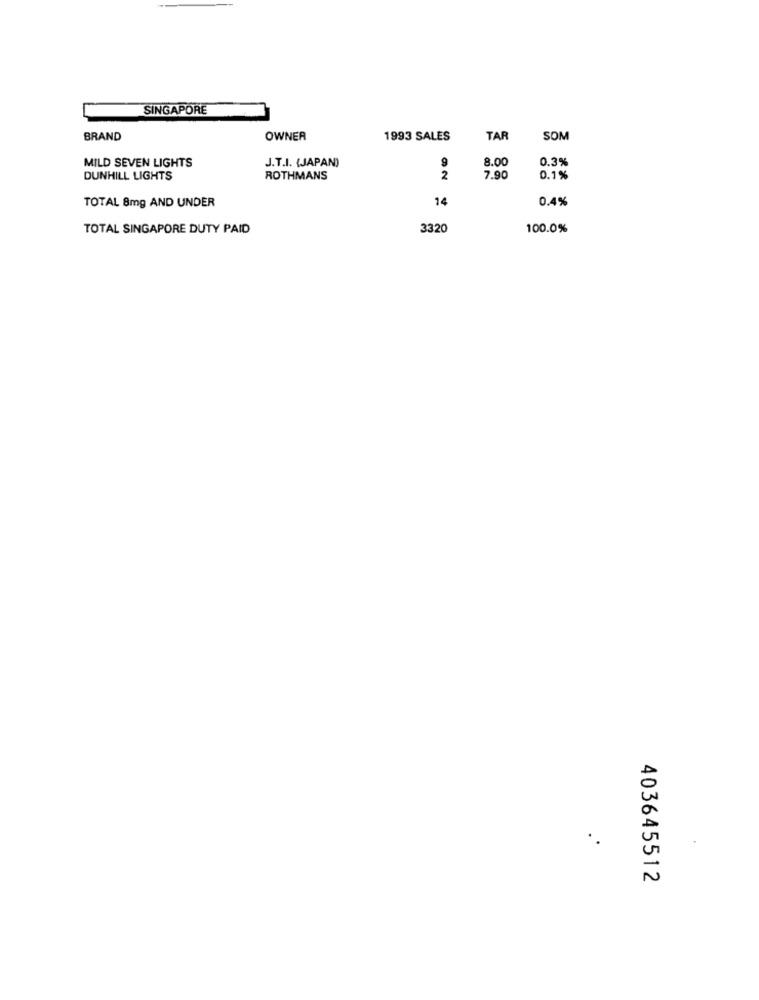
SINGAPORE
BRAND
OWNER
1993 SALES
TAR
SOM
MILD SEVEN LIGHTS
J.T.I. (JAPAN)
9
8.00
0.3%
DUNHILL LIGHTS
ROTHMANS
2
7.90
0.1%
TOTAL 8mg AND UNDER
14
0.4%
TOTAL SINGAPORE DUTY PAID
3320
100.0%
403645512